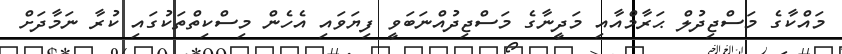
މައްކާގެ މަސްޖިދުލް ޙަރާމްއާއި މަދީނާގެ މަސްޖިދުއްނަބަވީ ފިޔަވައި އެހެން މިސްކިތްތަކުގައި ކުރާ ނަމާދަށް